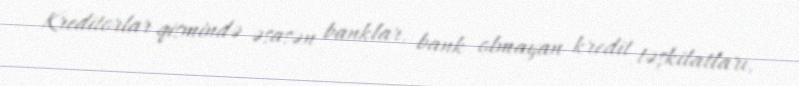
Kreditorlar qismində əsasən banklar, bank olmayan kredit təşkilatları,